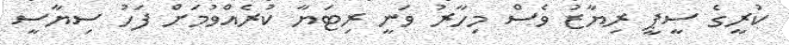
ކުރީގެ ސީޕީ ރިޔާޒު ވެސް މިހާރު ވަނީ ރިޓަޔާ ކުރެއްވުމަށް ފަހު ސިޔާސީ